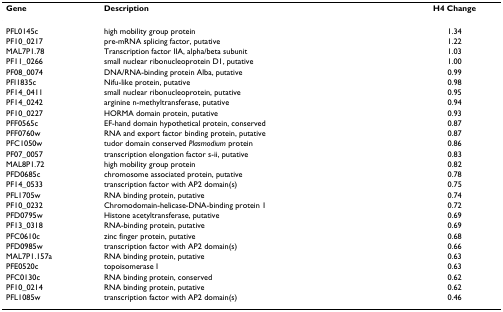
| Gene | Description | H4 Change |
 | --- | --- | --- |
 | PFL0145c | high mobility group protein | 1.34 |
 | PF10_0217 | pre-mRNA splicing factor, putative | 1.22 |
 | MAL7P1.78 | Transcription factor IIA, alpha/beta subunit | 1.03 |
 | PF11_0266 | small nuclear ribonucleoprotein D1, putative | 1.00 |
 | PF08_0074 | DNA/RNA-binding protein Alba, putative | 0.99 |
 | PFI1835c | Nifu-like protein, putative | 0.98 |
 | PF14_0411 | small nuclear ribonucleoprotein, putative | 0.95 |
 | PF14_0242 | arginine n-methyltransferase, putative | 0.94 |
 | PF10_0227 | HORMA domain protein, putative | 0.93 |
 | PFF0565c | EF-hand domain hypothetical protein, conserved | 0.87 |
 | PFF0760w | RNA and export factor binding protein, putative | 0.87 |
 | PFC1050w | tudor domain conserved Plasmodium protein | 0.86 |
 | PF07_0057 | transcription elongation factor s-ii, putative | 0.83 |
 | MAL8P1.72 | high mobility group protein | 0.82 |
 | PFD0685c | chromosome associated protein, putative | 0.78 |
 | PF14_0533 | transcription factor with AP2 domain(s) | 0.75 |
 | PFL1705w | RNA binding protein, putative | 0.74 |
 | PF10_0232 | Chromodomain-helicase-DNA-binding protein 1 | 0.72 |
 | PFD0795w | Histone acetyltransferase, putative | 0.69 |
 | PF13_0318 | RNA-binding protein, putative | 0.69 |
 | PFC0610c | zinc finger protein, putative | 0.68 |
 | PFD0985w | transcription factor with AP2 domain(s) | 0.66 |
 | MAL7P1.157a | RNA binding protein, putative | 0.63 |
 | PFE0520c | topoisomerase I | 0.63 |
 | PFC0130c | RNA binding protein, conserved | 0.62 |
 | PF10_0214 | RNA binding protein, putative | 0.62 |
 | PFL1085w | transcription factor with AP2 domain(s) | 0.46 |